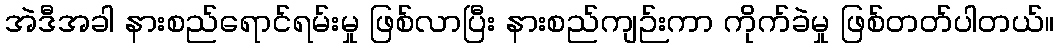
အဲဒီအခါ နားစည်ရောင်ရမ်းမှု ဖြစ်လာပြီး နားစည်ကျဉ်းကာ ကိုက်ခဲမှု ဖြစ်တတ်ပါတယ်။